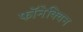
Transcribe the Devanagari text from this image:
फॉनेक्विन